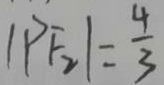
\vert P F _ { 2 } \vert = \frac { 4 } { 3 }